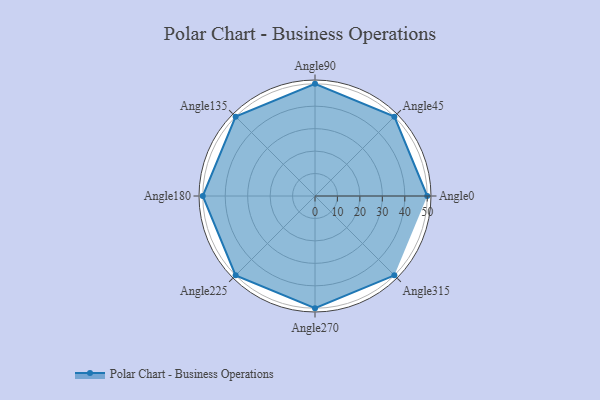
{"axis": {"x": "Angle", "y": "Radius"}, "legend": [""], "data": [{"x": "Angle0", "y": 50, "type": ""}, {"x": "Angle45", "y": 50, "type": ""}, {"x": "Angle90", "y": 50, "type": ""}, {"x": "Angle135", "y": 50, "type": ""}, {"x": "Angle180", "y": 50, "type": ""}, {"x": "Angle225", "y": 50, "type": ""}, {"x": "Angle270", "y": 50, "type": ""}, {"x": "Angle315", "y": 50, "type": ""}]}